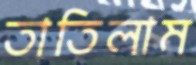
তাতিলাম